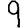
Digit: 9